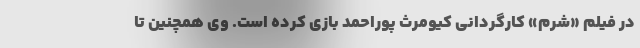
در فیلم «شرم» کارگردانی کیومرث پوراحمد بازی کرده است. وی همچنین تا